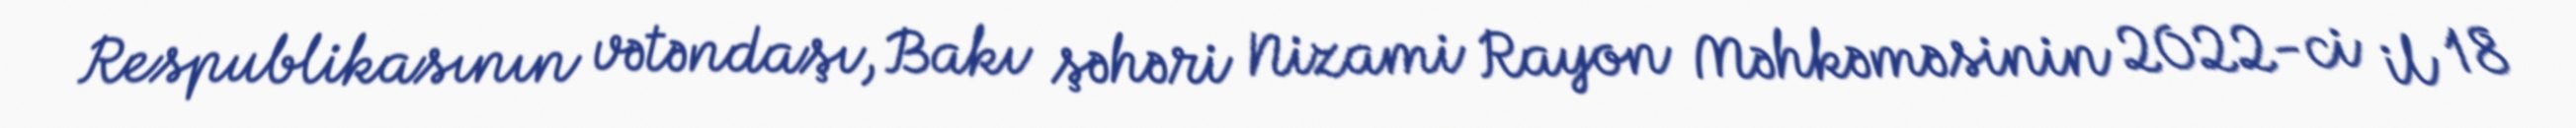
Respublikasının vətəndaşı, Bakı şəhəri Nizami Rayon Məhkəməsinin 2022-ci il 18